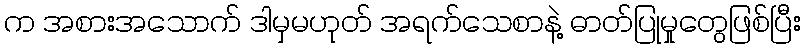
က အစားအသောက် ဒါမှမဟုတ် အရက်သေစာနဲ့ ဓာတ်ပြုမှုတွေဖြစ်ပြီး